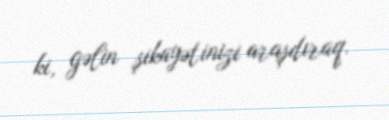
ki, gəlin şikayətinizi araşdıraq.